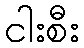
ငါးစီး